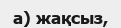
а) жақсыз,